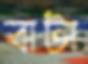
বাটা